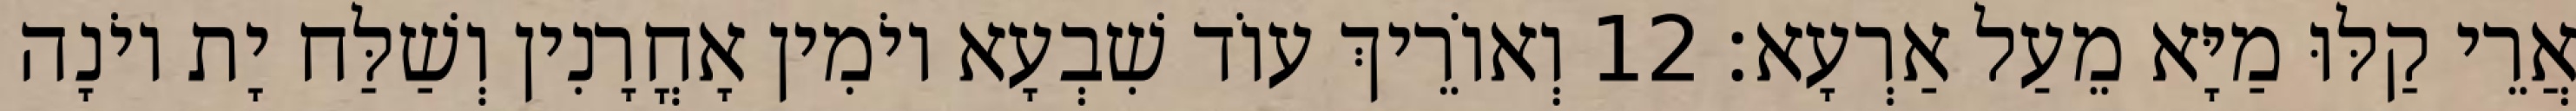
אֲרֵי קַלּוּ מַיָּא מֵעַל אַרְעָא׃ 12 וְאוֹרֵיךְ עוֹד שִׁבְעָא יוֹמִין אָחֳרָנִין וְשַׁלַּח יָת יוֹנָה